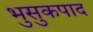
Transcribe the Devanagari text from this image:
भुसुकपाद